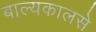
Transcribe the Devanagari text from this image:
बाल्यकालसे